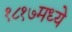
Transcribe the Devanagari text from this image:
१८१७मध्ये